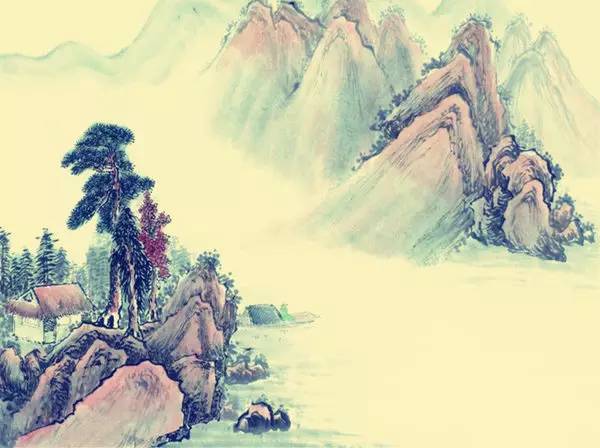
骄奢淫逸，所自邪也。